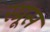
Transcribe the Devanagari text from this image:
स्‍प्रूस